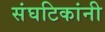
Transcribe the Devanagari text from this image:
संघटिकांनी